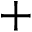
+